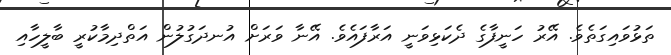
ތަޅުވައިގަތެވެ. އޭރު ހަނީފާގެ ދެކަޅިވަނީ އަރާފައެވެ. އޭނާ ވަރަށް އުނދަގުލުން އަތްދިމާކުރީ ބާލީހާއި